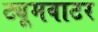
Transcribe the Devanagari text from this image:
ट्यूमवाटर